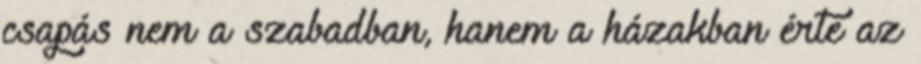
csapás nem a szabadban, hanem a házakban érte az